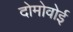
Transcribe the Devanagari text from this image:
दोमोवोई